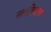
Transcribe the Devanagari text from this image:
तत्वविलास